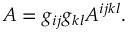
A = g _ { i j } g _ { k l } A ^ { i j k l } .